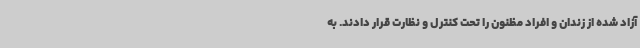
آزاد شده از زندان و افراد مظنون را تحت کنترل و نظارت قرار دادند. به